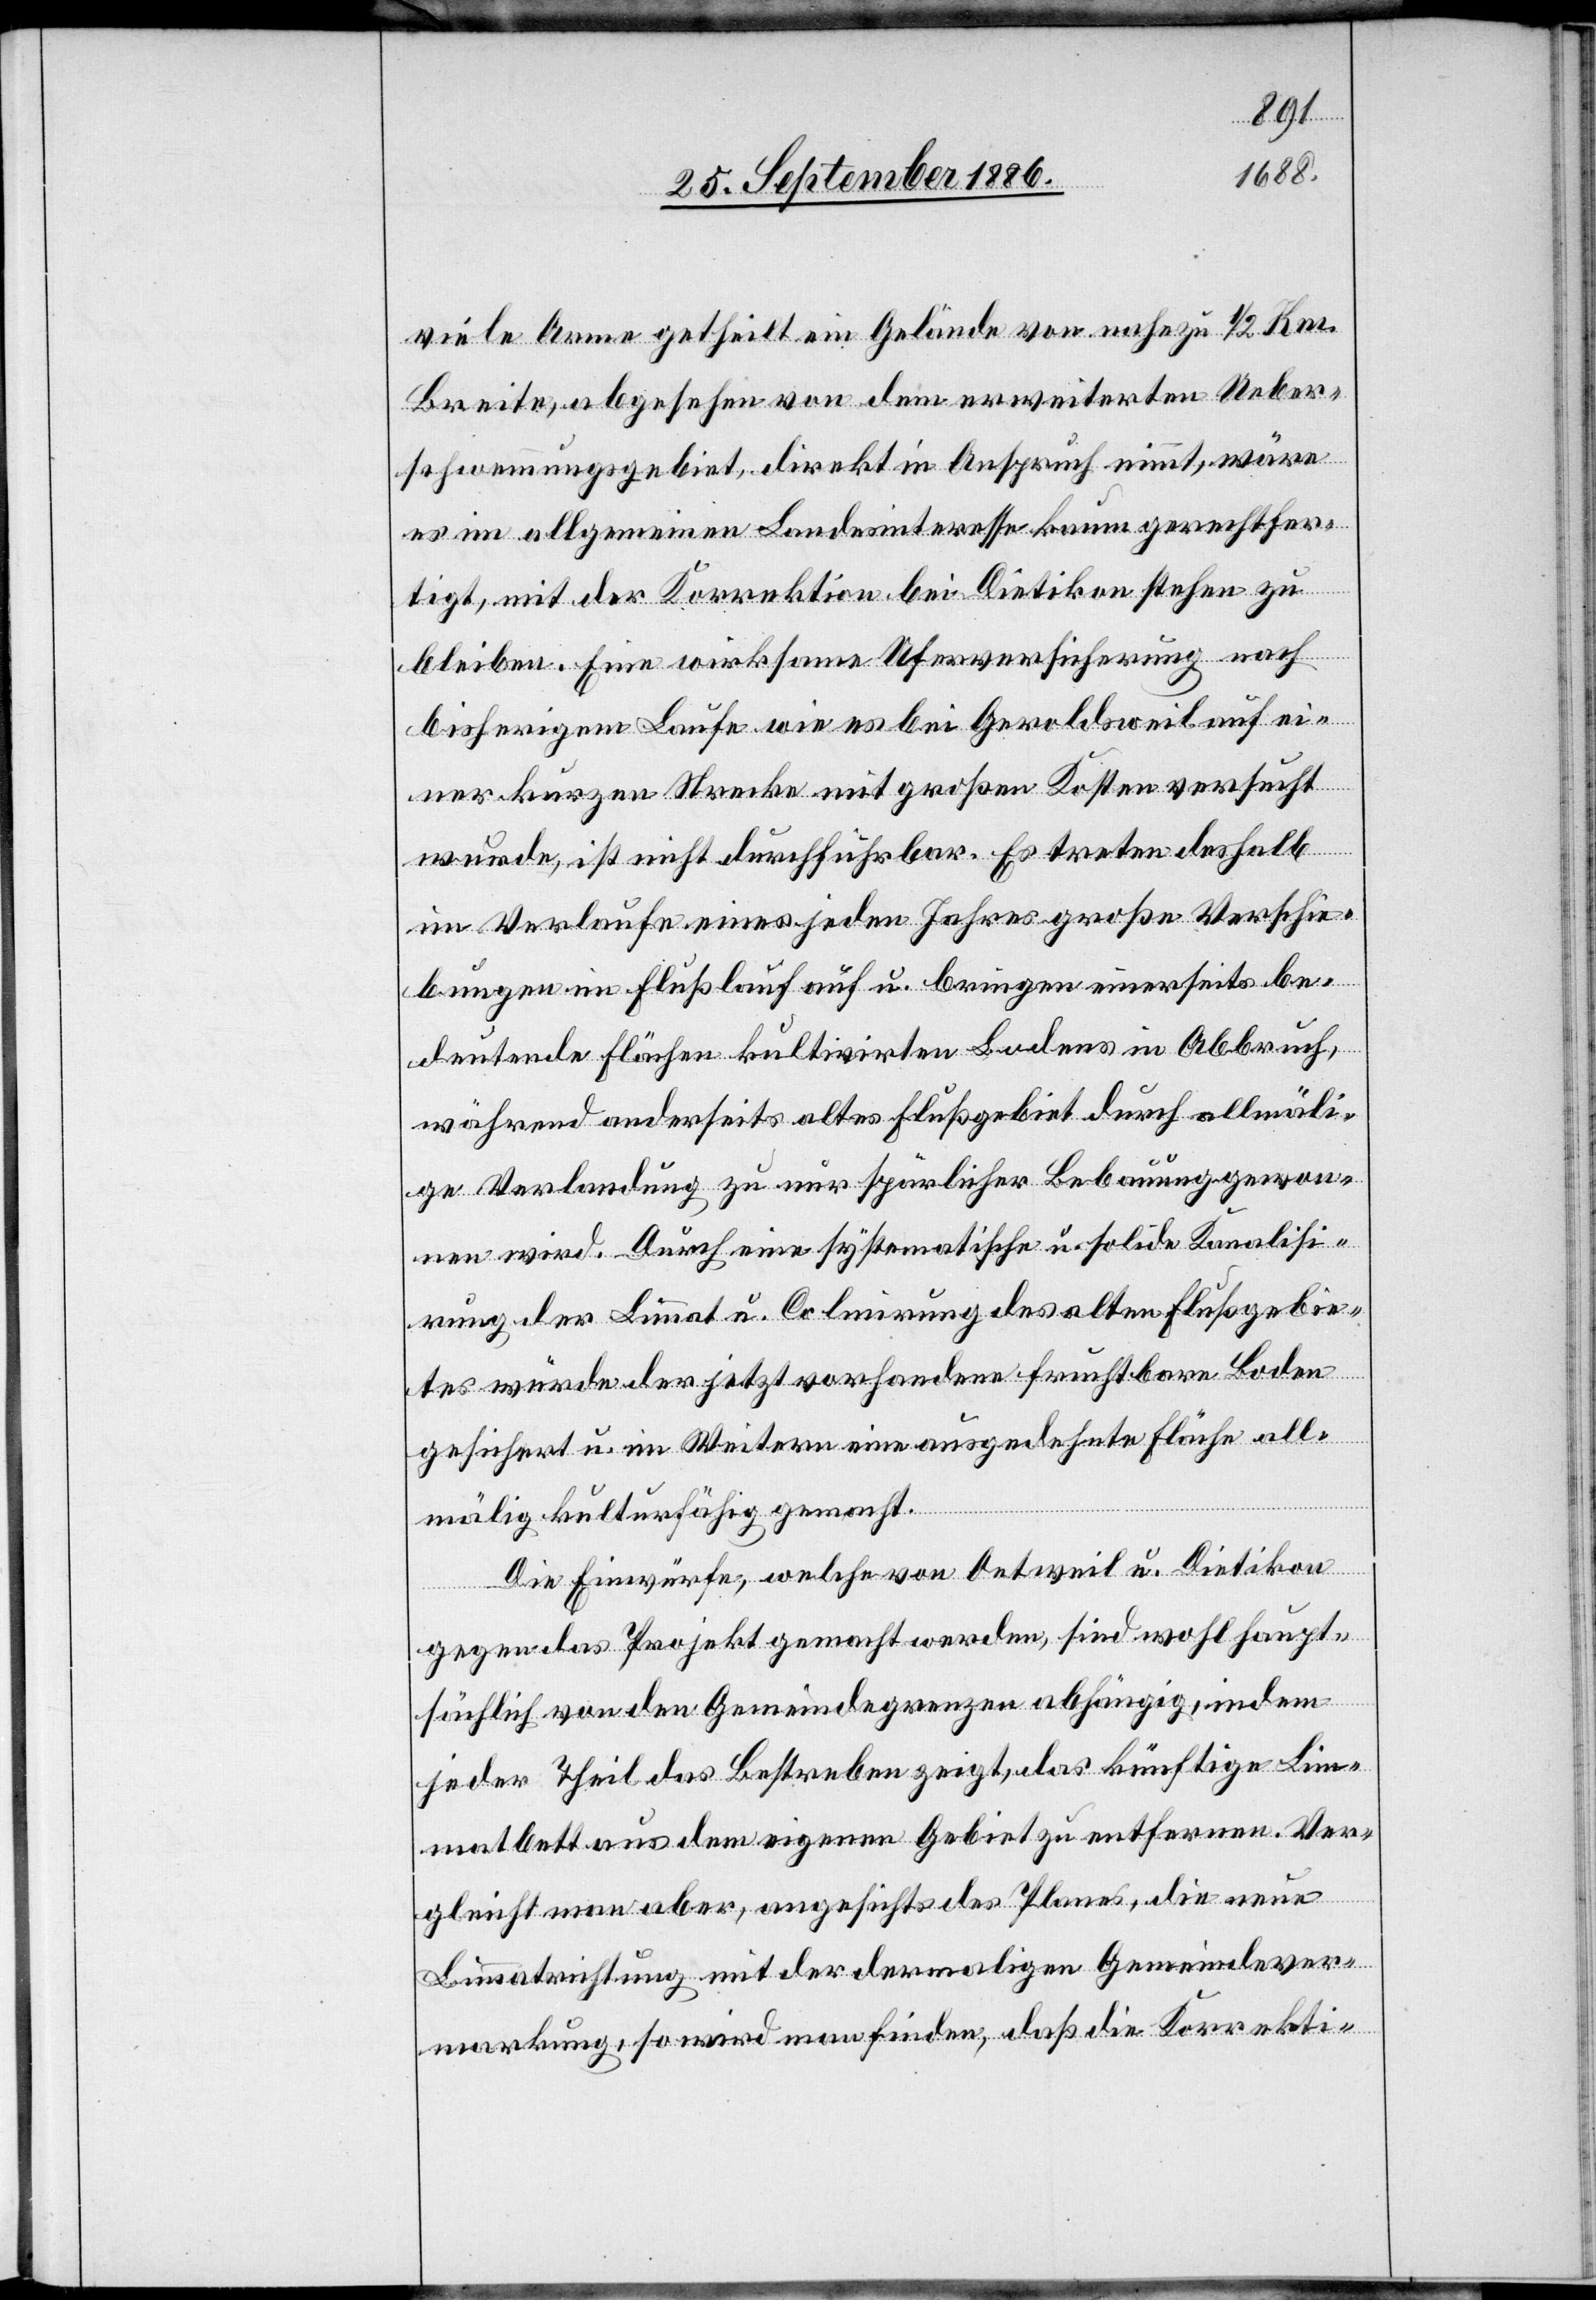
viele Arme getheilt ein Gelände von nahezu 1/2 Km
Breite, abgesehen von dem erweiterten Ueber¬
schwemmungsgebiet, direkt in Anspruch nimmt, wäre
es im allgemeinen Landesinteresse kaum gerechtfer¬
tigt, mit der Korrektion bei Dietikon stehen zu
bleiben. Eine wirksame Uferversicherung nach
bisherigem Laufe wie es bei Geroldsweil auf ei¬
ner kurzen Strecke mit großen Kosten versucht
wurde, ist nicht durchführbar. Es treten deshalb
im Verlaufe eines jeden Jahres große Verschie¬
bungen im Flußlauf auf u. bringen einerseits be¬
deutende Flächen kultivirten Bodens in Abbruch,
während anderseits altes Flußgebiet durch allmäli¬
ge Verlandung zu nur spärlicher Bebauung gewon¬
nen wird. Durch eine systematische u. solide Kanalisi¬
rung der Limmat u. Colmirung des alten Flußgebie¬
tes würde der jetzt vorhandene fruchtbare Boden
gesichert u. im Weitern eine ausgedehnte Fläche all¬
mälig kulturfähig gemacht.
Die Einwürfe, welche von Oetweil u. Dietikon
gegen das Projekt gemacht werden, sind wohl haupt¬
sächlich von den Gemeindegrenzen abhängig, indem
jeder Theil das Bestreben zeigt, das künftige Lim¬
matbett aus dem eigenen Gebiet zu entfernen. Ver¬
gleicht man aber, angesichts des Planes, die neue
Limmatrichtung mit der dermaligen Gemeindever¬
markung, so wird man finden, daß die Korrekti-